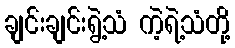
ချင်းချင်းရွဲ့သံ ကဲ့ရဲ့သံတို့